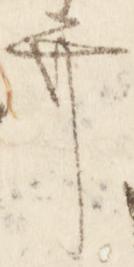
弁